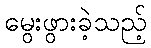
မွေးဖွားခဲ့သည့်